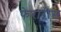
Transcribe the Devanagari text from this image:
फेरारीस